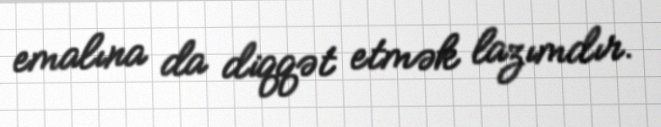
emalına da diqqət etmək lazımdır.